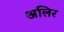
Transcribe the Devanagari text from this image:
अलिर